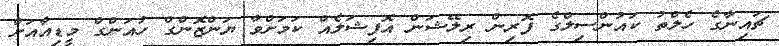
ޗައިނާގެ ހެލްތު ކައުންސިލްގެ ފޮރިން ރިލޭޝަން އޮފިޝަލެއް ކަމަށްވާ ޔަންޒޮންގް ހުއަންގް މީޑިއާއަށް